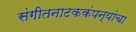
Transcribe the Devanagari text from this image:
संगीतनाटककंपन्यांचा